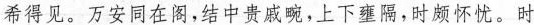
希得见。万安同在阁，结中贵戚畹，上下壅隔，时颇怀忧。时